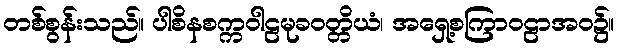
တစ်စွန်းသည်။ ပါစိနစက္ကဝါဠမုခဝတ္တိယံ၊ အရှေ့စကြာဝဠာအဝ၌။